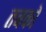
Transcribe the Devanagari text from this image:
तबको